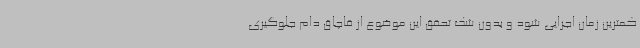
کمترین زمان اجرایی شود و بدون شک تحقق این موضوع از قاچاق دام جلوگیری